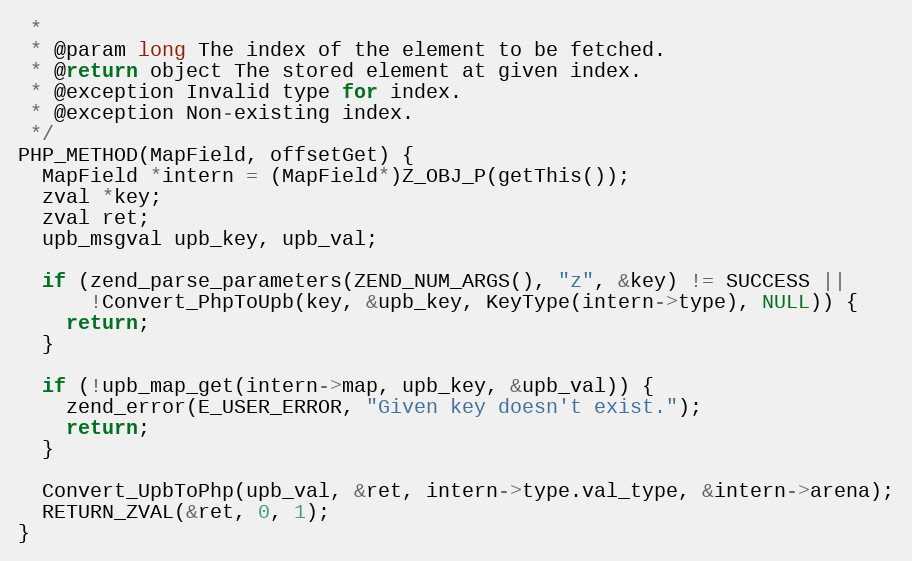
Language: C
 *
 * @param long The index of the element to be fetched.
 * @return object The stored element at given index.
 * @exception Invalid type for index.
 * @exception Non-existing index.
 */
PHP_METHOD(MapField, offsetGet) {
  MapField *intern = (MapField*)Z_OBJ_P(getThis());
  zval *key;
  zval ret;
  upb_msgval upb_key, upb_val;

  if (zend_parse_parameters(ZEND_NUM_ARGS(), "z", &key) != SUCCESS ||
      !Convert_PhpToUpb(key, &upb_key, KeyType(intern->type), NULL)) {
    return;
  }

  if (!upb_map_get(intern->map, upb_key, &upb_val)) {
    zend_error(E_USER_ERROR, "Given key doesn't exist.");
    return;
  }

  Convert_UpbToPhp(upb_val, &ret, intern->type.val_type, &intern->arena);
  RETURN_ZVAL(&ret, 0, 1);
}